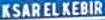
KSAR EL KEBIR